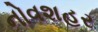
નોવશહર